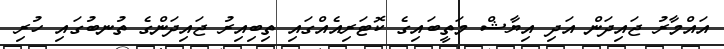
އައްމާރު ޖައިދަން އަދި އިޔާޝް މަތީބައިގެ ކޮޓަރިއެއްގައި ތިބިއިރު ޖައިދަންގެ ތުނބުގައި ހުރި